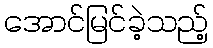
အောင်မြင်ခဲ့သည့်